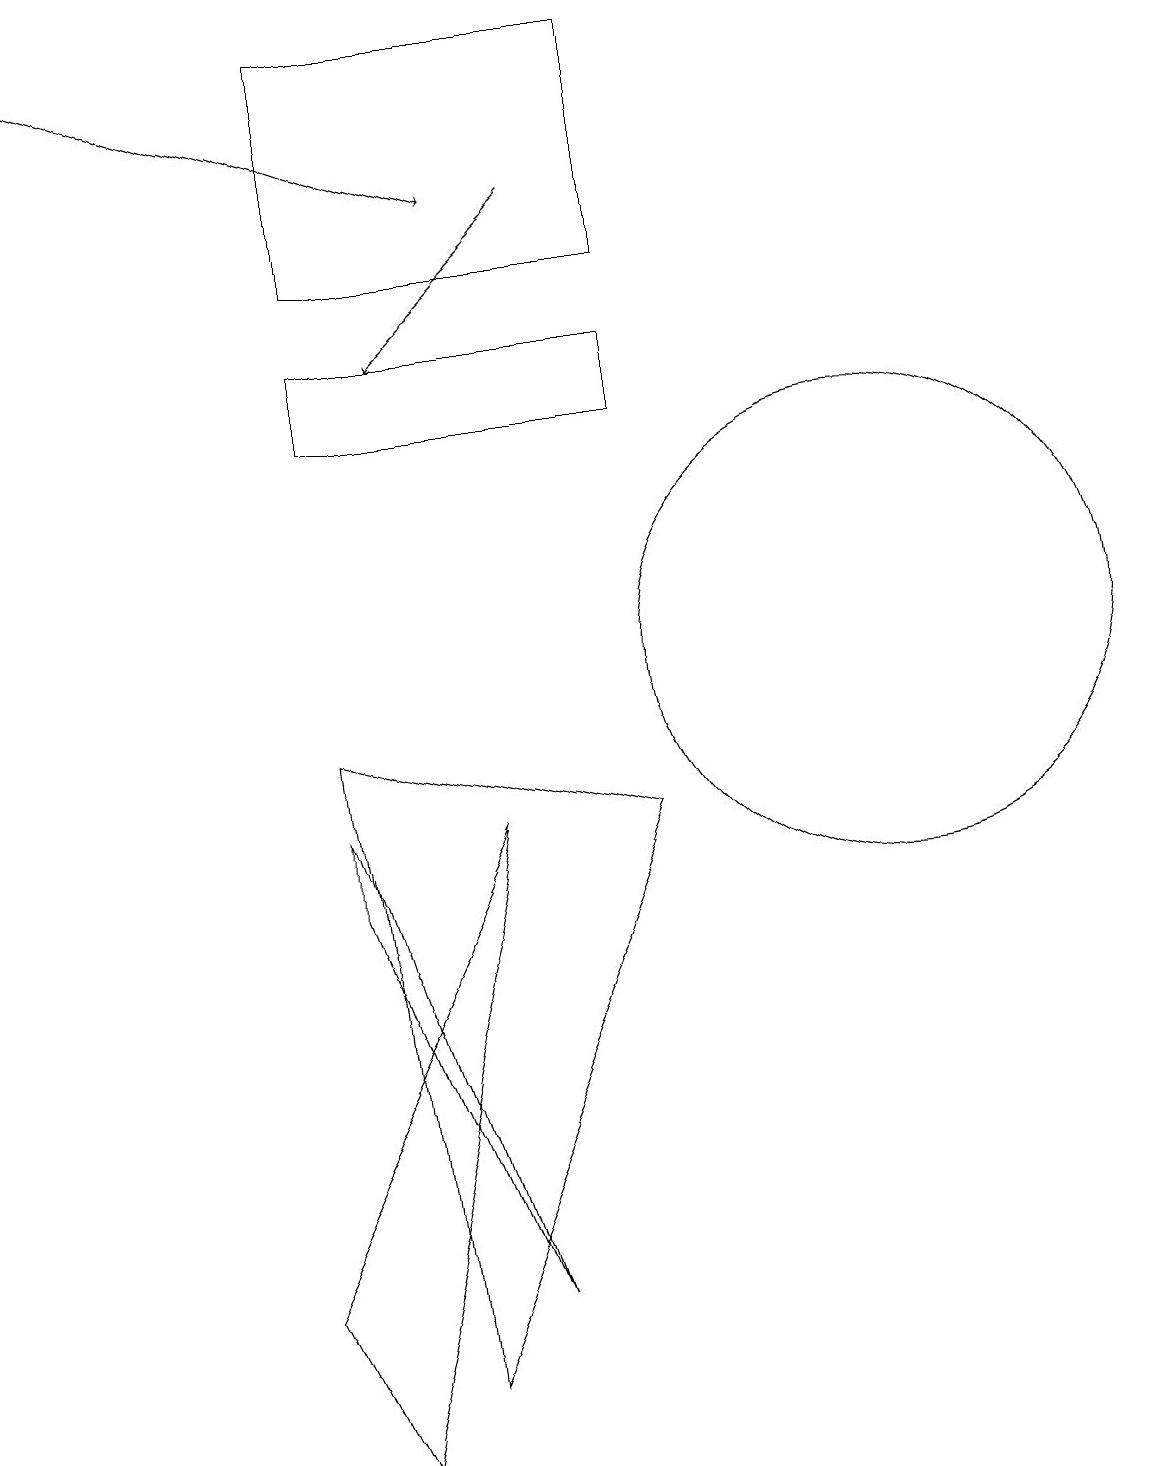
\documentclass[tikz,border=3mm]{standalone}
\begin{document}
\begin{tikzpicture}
\draw[->] (7,16) -- (5,14);
\draw (6,8) -- (3,2) -- (4,0) -- cycle;
\draw (4,15) rectangle (8,18);
\draw[->] (0,18) -- (6,16);
\draw (8,14) rectangle (4,13);
\draw (6,2) -- (4,8) -- (4,7) -- cycle;
\draw (5,1) -- (8,8) -- (4,9) -- cycle;
\draw (11,10) circle (3);
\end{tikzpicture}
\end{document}